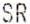
SR